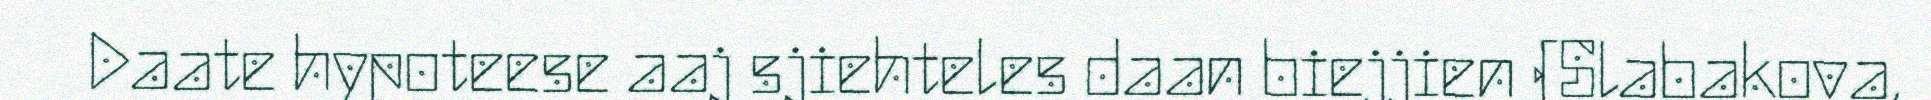
Daate hypoteese aaj sjiehteles daan biejjien (Slabakova,